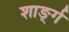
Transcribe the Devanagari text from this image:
शार्ङ्‍ग